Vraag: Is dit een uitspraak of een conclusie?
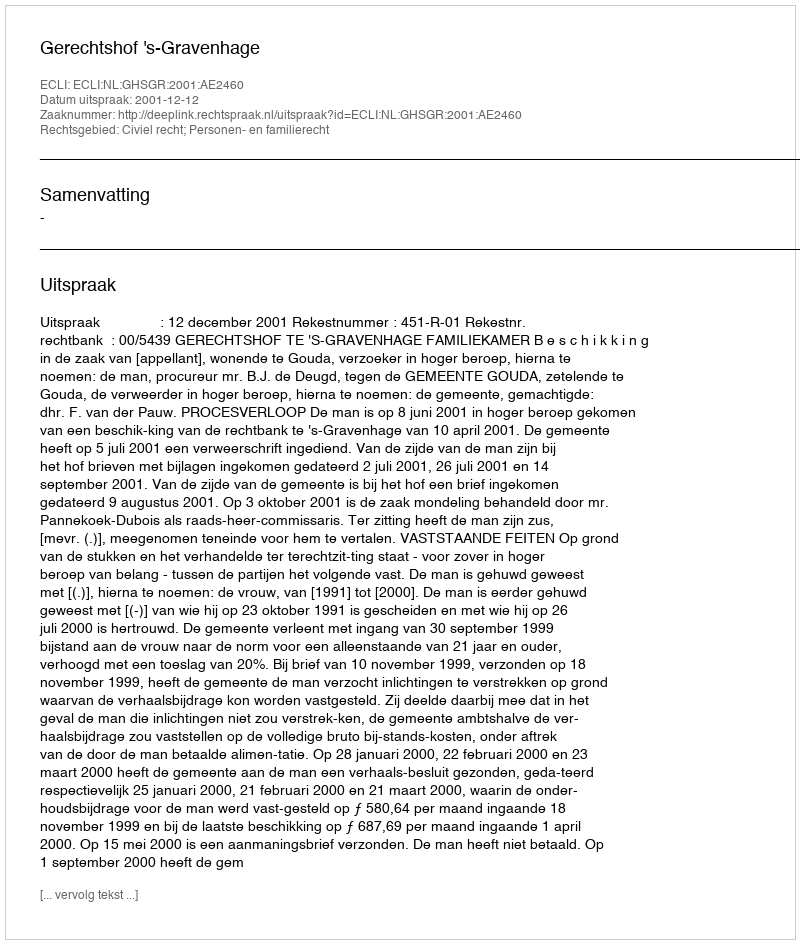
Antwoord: Uitspraak